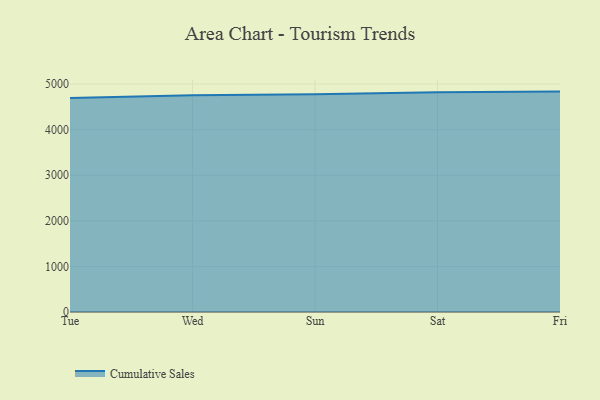
{"axis": {"x": "Day", "y": "Market Share (%)"}, "legend": ["Cumulative Sales"], "data": [{"x": "Tue", "y": 4694.6, "type": "Cumulative Sales"}, {"x": "Wed", "y": 4755.8, "type": "Cumulative Sales"}, {"x": "Sun", "y": 4780.2, "type": "Cumulative Sales"}, {"x": "Sat", "y": 4823.9, "type": "Cumulative Sales"}, {"x": "Fri", "y": 4836.0, "type": "Cumulative Sales"}]}